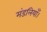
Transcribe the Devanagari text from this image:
मंडलियाँ।